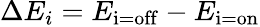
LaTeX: \Delta E_{i}=E_{\mathrm{i=off}}-E_{\mathrm{i=on}}